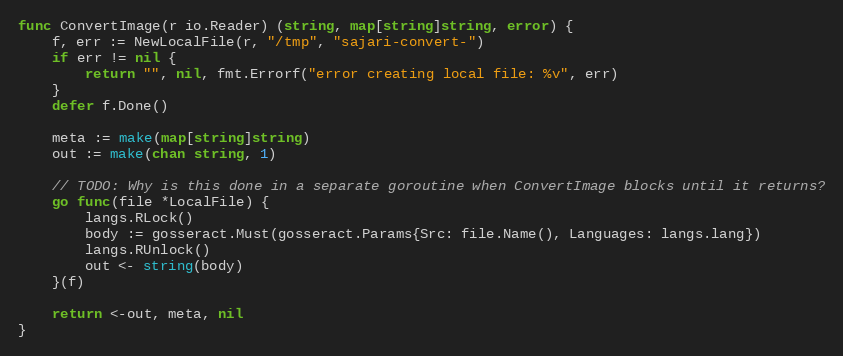
Language: Go
func ConvertImage(r io.Reader) (string, map[string]string, error) {
	f, err := NewLocalFile(r, "/tmp", "sajari-convert-")
	if err != nil {
		return "", nil, fmt.Errorf("error creating local file: %v", err)
	}
	defer f.Done()

	meta := make(map[string]string)
	out := make(chan string, 1)

	// TODO: Why is this done in a separate goroutine when ConvertImage blocks until it returns?
	go func(file *LocalFile) {
		langs.RLock()
		body := gosseract.Must(gosseract.Params{Src: file.Name(), Languages: langs.lang})
		langs.RUnlock()
		out <- string(body)
	}(f)

	return <-out, meta, nil
}